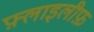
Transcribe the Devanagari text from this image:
फ़्लाइलीफ़